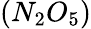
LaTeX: (N_{2}O_{5})